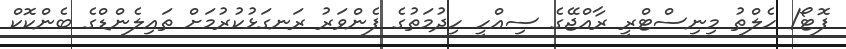
ފޮޓޯ/ ހެލްތު މިނިސްޓްރީ ރާއްޖޭގެ ސިއްހީ ހިދުމަތުގެ ފެންވަރު ރަނގަޅުކުރުމަށް ތައިލެންޑްގެ ބެންކޮކް